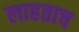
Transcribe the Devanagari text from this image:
लाहताच